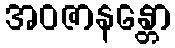
အဝဇာနန္တော